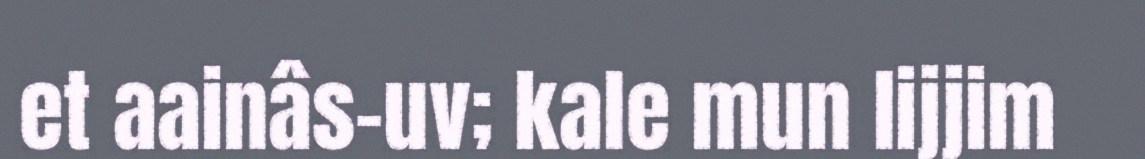
et aainâs-uv; kale mun lijjim